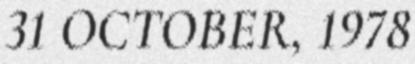
31 OCTOBER, 1978